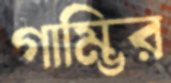
গাম্ভির